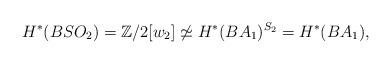
LaTeX: \begin{align*}H^{*}(BSO_2)=\mathbb{Z}/2[w_2] \not \simeq H^{*}(BA_1)^{S_2}=H^{*}(BA_1), \end{align*}